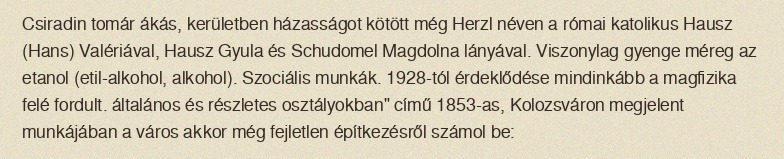
Csiradin tomár ákás, kerületben házasságot kötött még Herzl néven a római katolikus Hausz (Hans) Valériával, Hausz Gyula és Schudomel Magdolna lányával. Viszonylag gyenge méreg az etanol (etil-alkohol, alkohol). Szociális munkák. 1928-tól érdeklődése mindinkább a magfizika felé fordult. általános és részletes osztályokban" című 1853-as, Kolozsváron megjelent munkájában a város akkor még fejletlen építkezésről számol be: